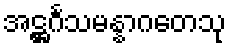
အဋ္ဌင်္ဂသမန္နာဂတေသု